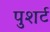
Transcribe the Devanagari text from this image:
पुशर्ट